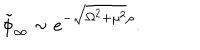
\tilde { \phi } _ { \infty } \sim e ^ { - \sqrt { \Omega ^ { 2 } + \mu ^ { 2 } } \rho } .